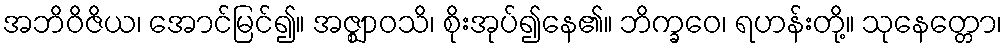
အဘိဝိဇိယ၊ အောင်မြင်၍။ အဇ္ဈာဝသိ၊ စိုးအုပ်၍နေ၏။ ဘိက္ခဝေ၊ ရဟန်းတို့။ သုနေတ္တော၊